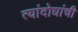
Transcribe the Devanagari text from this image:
त्यांदोघांची